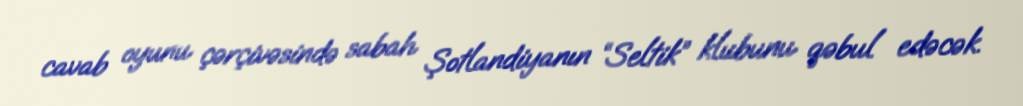
cavab oyunu çərçivəsində sabah Şotlandiyanın “Seltik” klubunu qəbul edəcək.